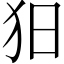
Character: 𤝍